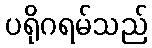
ပရိုဂရမ်သည်